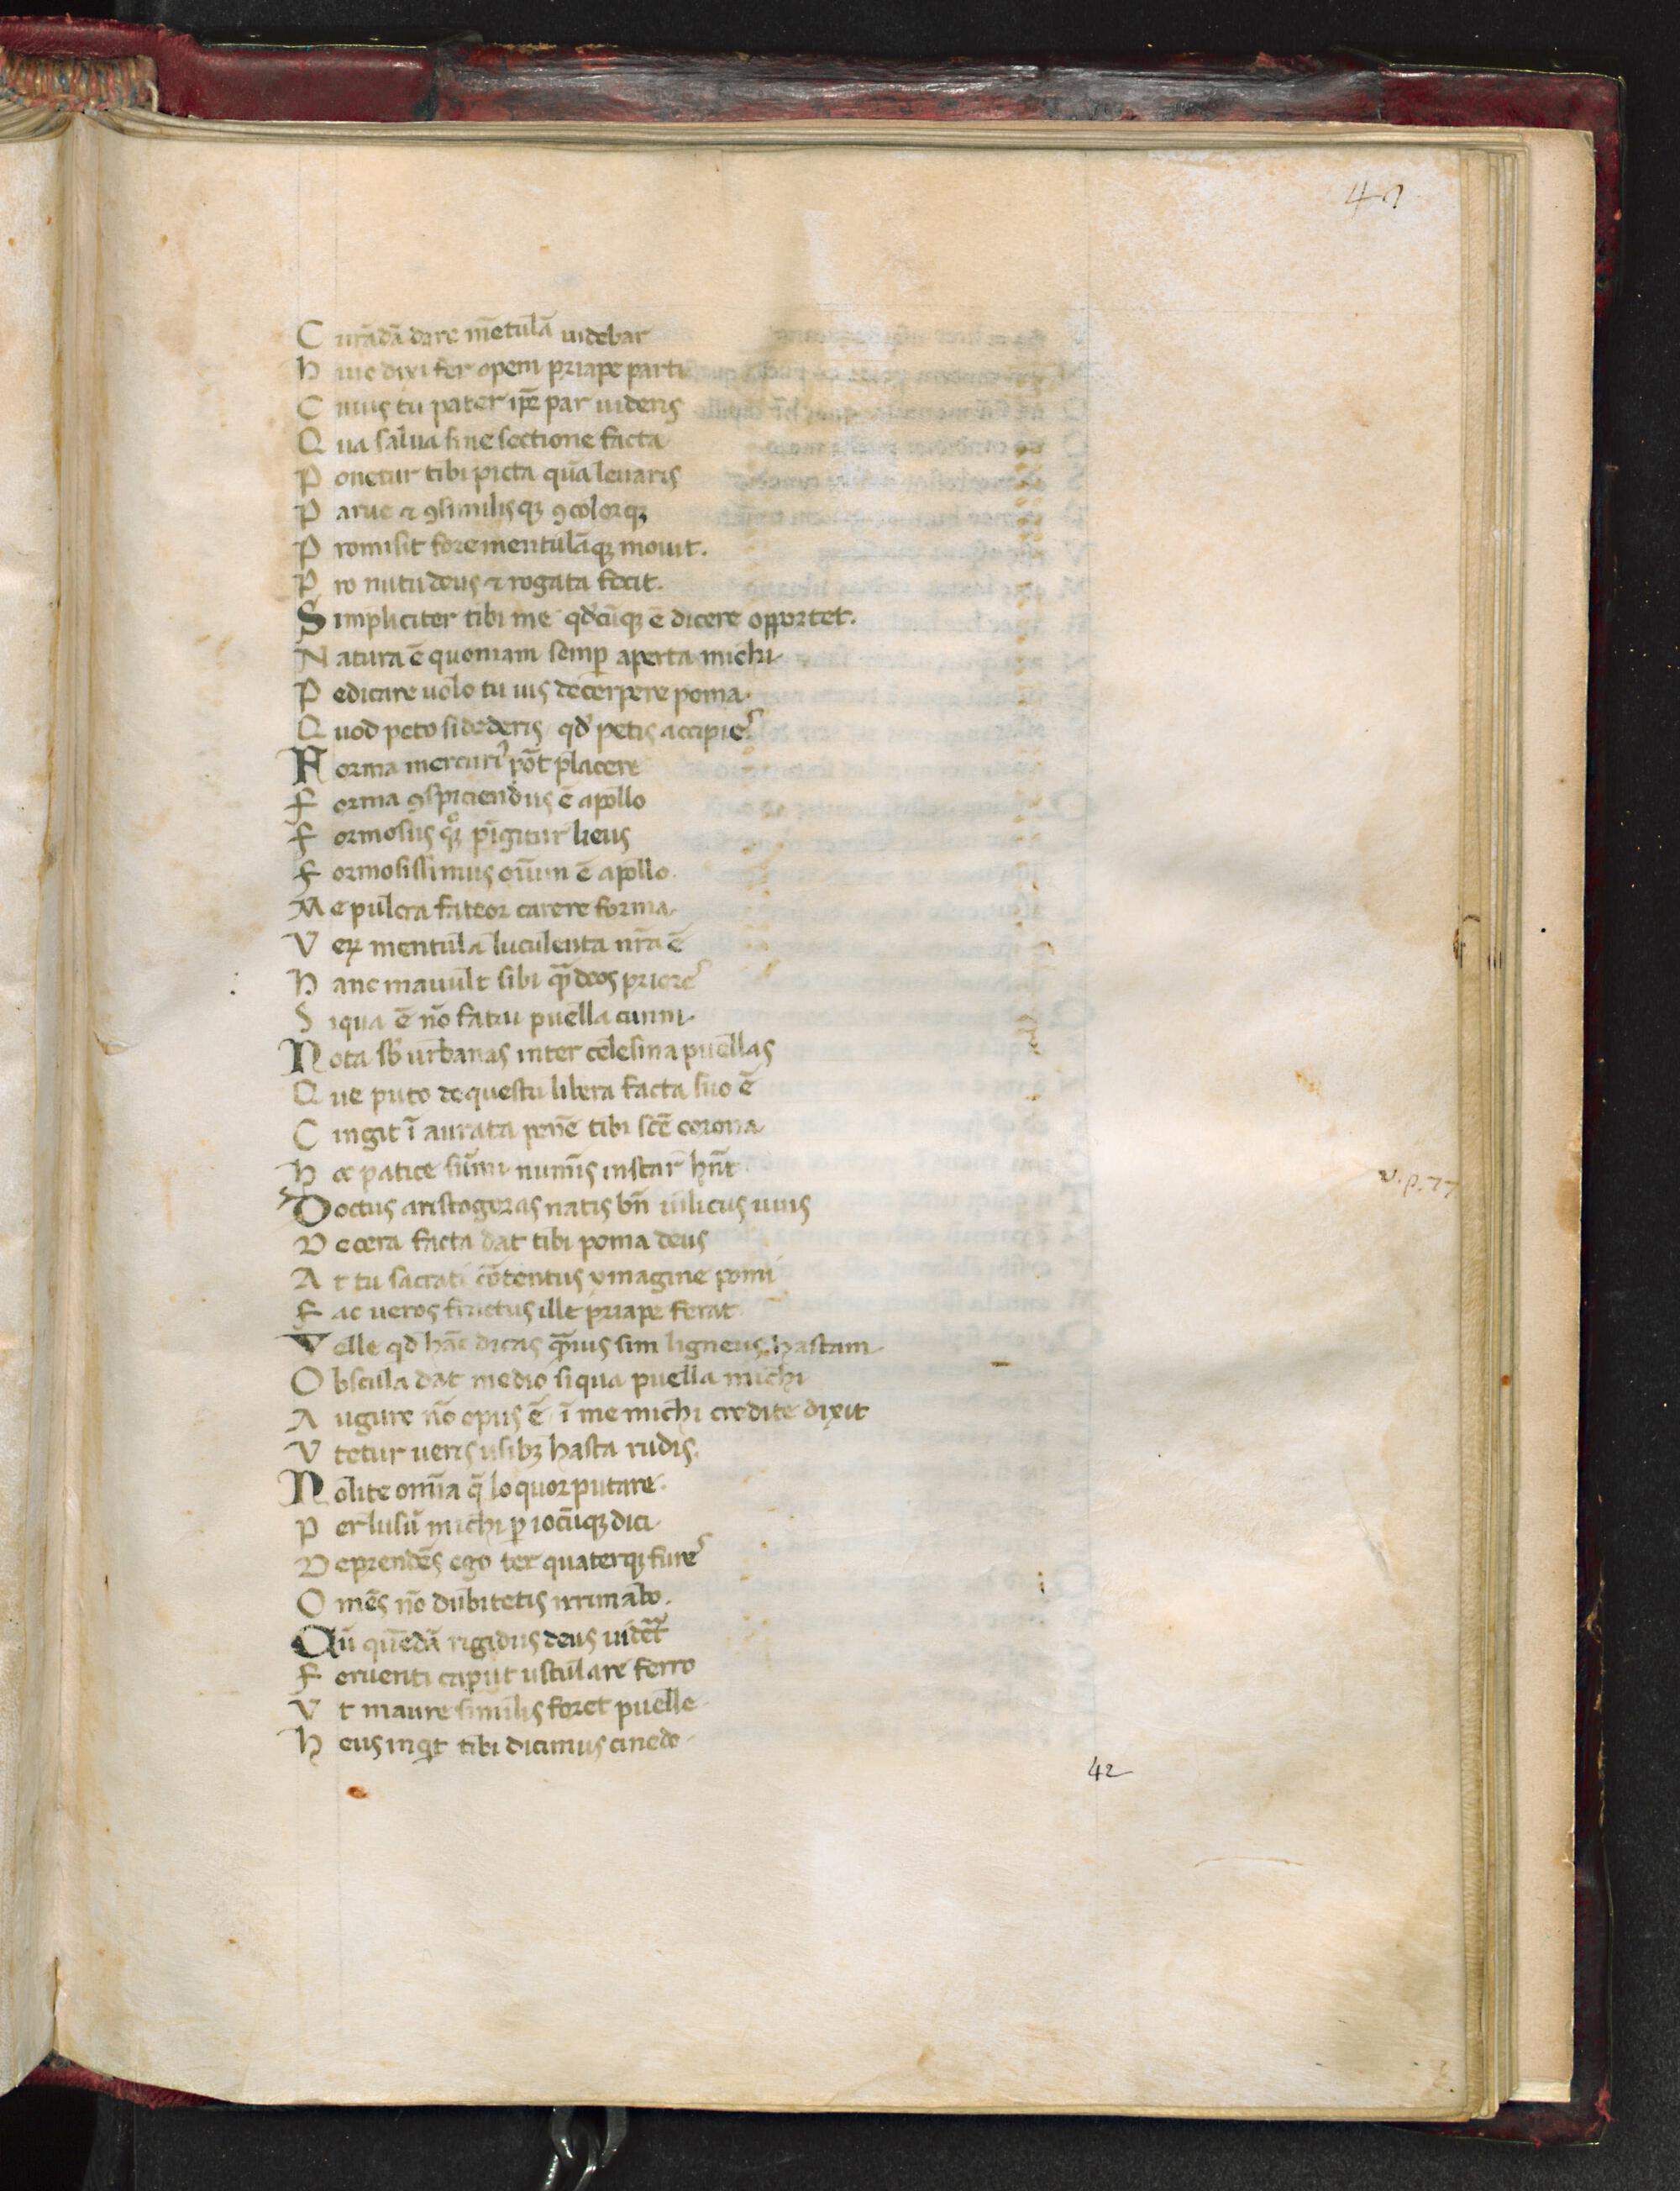
Shelfmark: Florence, Biblioteca Medicea Laurenziana, Laur. Plut. 33.31
Century: 14